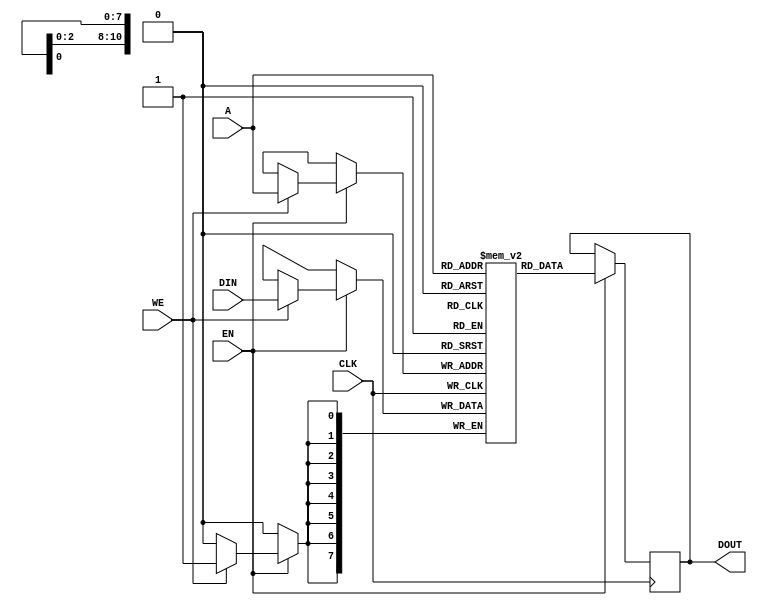
`timescale 1ns / 1ps
/*
 * Simple Brainfuck CPU in Verilog.
 * Copyright (C) 2011  Sergey Gridasov <grindars@gmail.com>
 *
 * This program is free software: you can redistribute it and/or modify
 * it under the terms of the GNU General Public License as published by
 * the Free Software Foundation, either version 3 of the License, or
 * (at your option) any later version.
 *
 * This program is distributed in the hope that it will be useful,
 * but WITHOUT ANY WARRANTY; without even the implied warranty of
 * MERCHANTABILITY or FITNESS FOR A PARTICULAR PURPOSE.  See the
 * GNU General Public License for more details.
 *
 * You should have received a copy of the GNU General Public License
 * along with this program.  If not, see <http://www.gnu.org/licenses/>.
 */
 
module DRAM (
	CLK,
	A,
	DIN,
	DOUT,
	EN,
	WE
);

	parameter DA_WIDTH = 11;
	parameter DD_WIDTH = 8;

	parameter DA_DEPTH = (1 << DA_WIDTH);

	input	CLK;
	input [DA_WIDTH - 1:0] A;
	input [DD_WIDTH - 1:0] DIN;
	output reg [DD_WIDTH - 1:0] DOUT;
	input EN;
	input WE;
	
	reg [7:0] MEM [0:DA_DEPTH - 1];

	always @ (posedge CLK)
		if(EN)
		begin				
			if(WE)
				MEM[A] <= DIN;		
				
			DOUT <= MEM[A];				
		end

	integer i;
	initial
		for(i = 0; i < DA_DEPTH; i = i + 1)
			MEM[i] = 8'b0;
endmodule